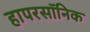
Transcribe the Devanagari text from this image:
हापरसॉनिक